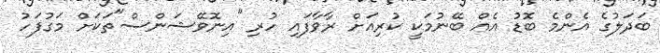
ބަދަލުގެ އެންމެ ބޮޑު އެއް ބޭނުމަކީ ކުރިއަށް ރާވާފައި ހުރި ''އިނޮވޭޝަންސް"ތަކަށް މަގުފަހު